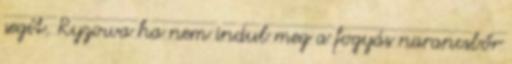
segít. Ryzowa ha nem indul meg a fogyás narancsbőr